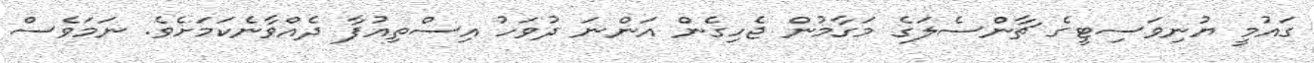
ގައުމީ ޔުނިވަސިޓީގެ ޗާންސެލަގެ މަގާމުން ޖެހިގެން އަންނަ ދުވަހު އިސްތިއުފާ ދެއްވާނެކަމަށެވެ. ނަމަވެސް